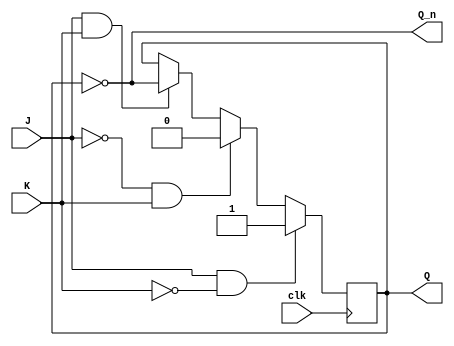
module jk_ff_negedge (
    input wire J, // J input
    input wire K, // K input
    input wire clk, // clock input
    output reg Q, // output
    output reg Q_n // complemented output
);

reg Q_next;

always @(negedge clk) begin
    if (J & ~K)
        Q_next <= 1'b1;
    else if (~J & K)
        Q_next <= 1'b0;
    else if (J & K)
        Q_next <= ~Q;
end

assign Q = Q_next;
assign Q_n = ~Q;

endmodule